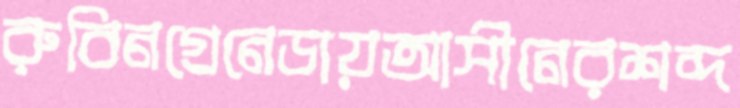
রুবিনগ্রেনেডায়আসীনেরশব্দ